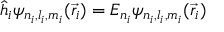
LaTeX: { \hat { h } } _ { i } \psi _ { n _ { i } , l _ { i } , m _ { i } } ( { \vec { r _ { i } } } ) = E _ { n _ { i } } \psi _ { n _ { i } , l _ { i } , m _ { i } } ( { \vec { r _ { i } } } )